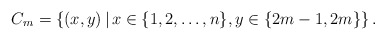
\begin{align*}C_m=\left\{(x,y)\,|\, x\in\{1,2,\ldots,n\}, y\in\{2m-1,2m\}\right\}.\end{align*}